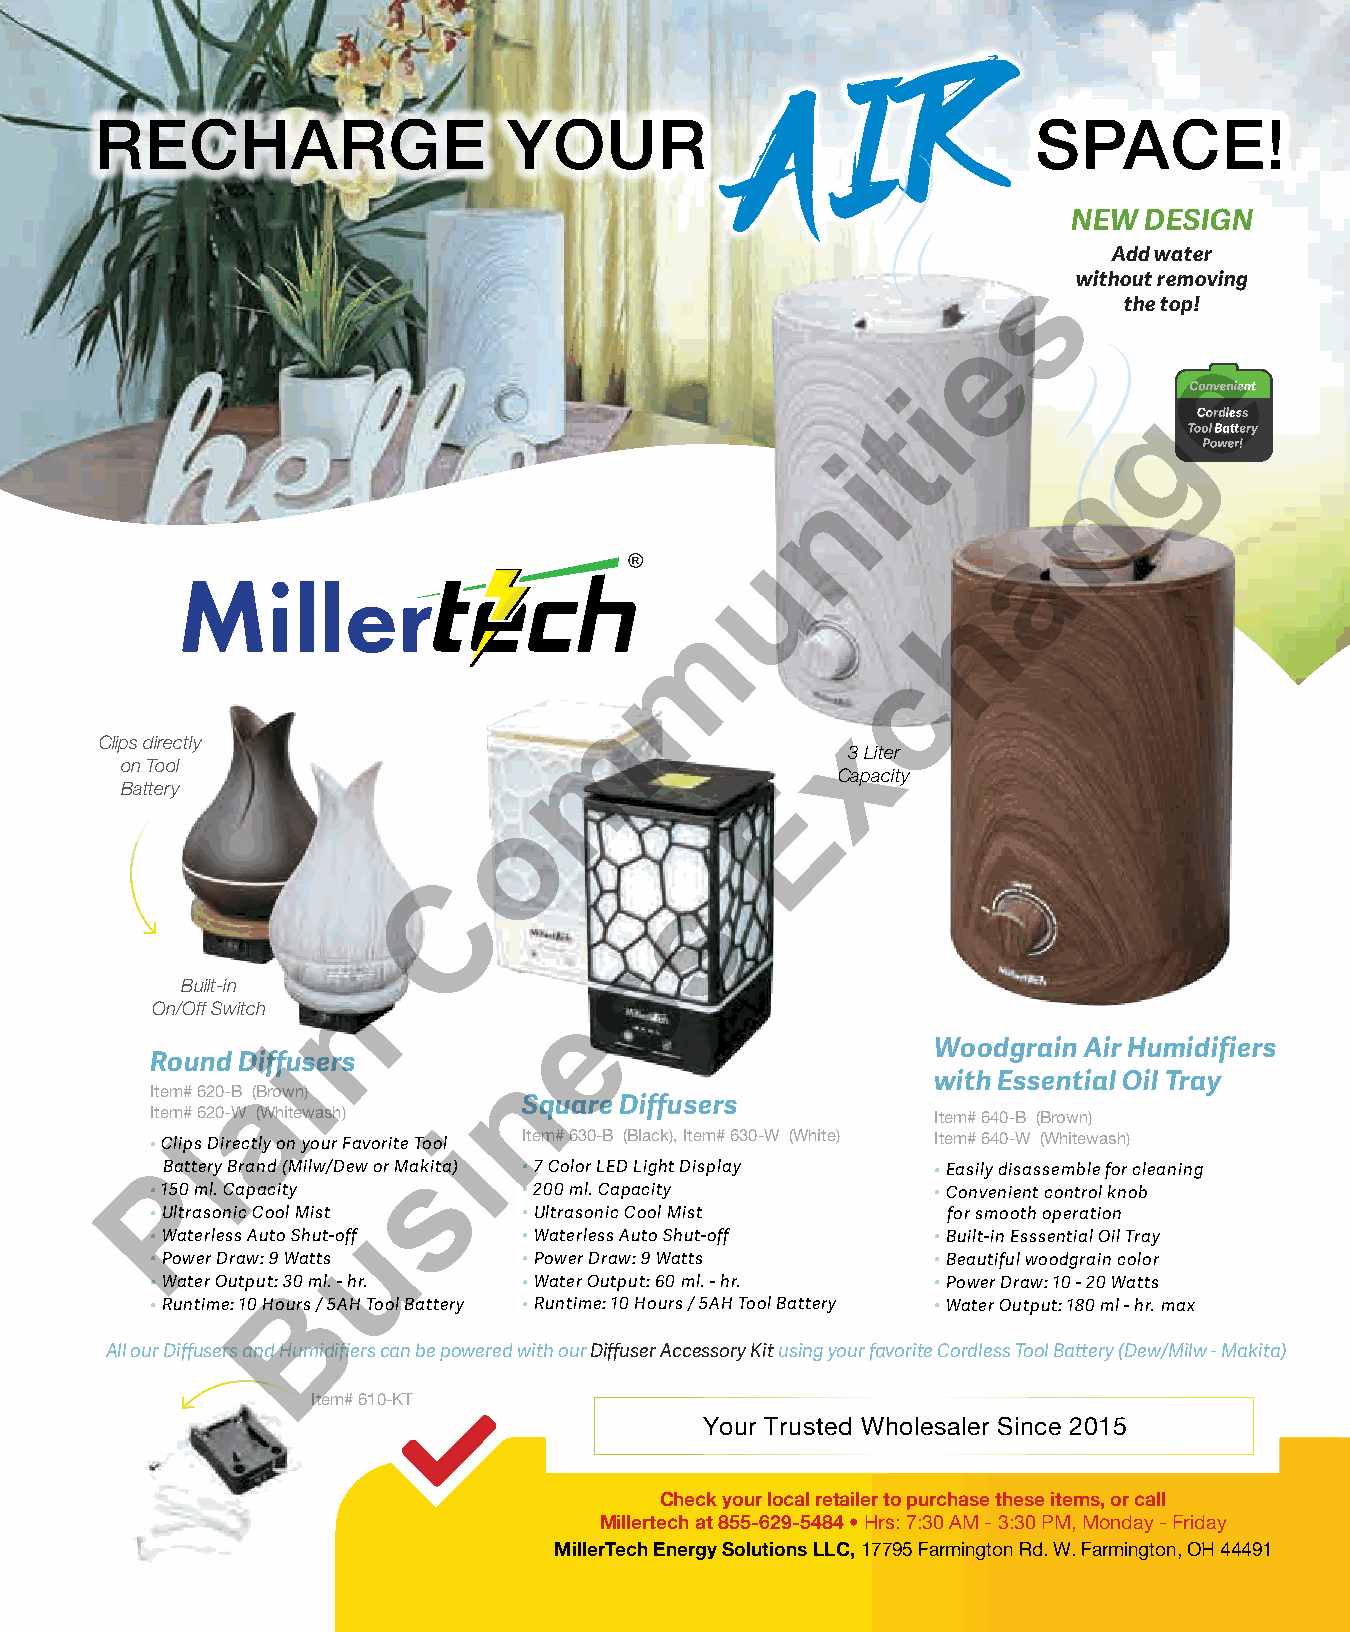
R
 I
 A
 RECHARGE                    YOUR                               SPACE!
 NEW  DESIGN
 Add water
 swithout removing
 the top!
 e
 e
 i
 g
 t
 i
 n
 n
 a
 u
 h
 m
 c
 m
 x
 Clips directly
 3 Liter
 on Tool
 Capacity
 Battery                                     E
 o
 C
 s
 s
 Built-in   n
 On/Off Switch               e
 Woodgrain Air Humidifiers
 Round Diffiusers
 n                           with Essential Oil Tray
 a
 Item# 620-B (Brown)
 Square Diffusers
 Item# 620-W (Whitewash)                             Item# 640-B (Brown)
 • Clipls Directly on your Favorite Tool iItem# 630-B (Black), Item# 630-W (White) Item# 640-W (Whitewash)
 B Pattery Brand (Milw/Dew or Maskita) • 7 Color LED Light Display • Easily disassemble for cleaning
 • 150 ml. Capacity       • 200 ml. Capacity         • Convenient control knob
 • Ultrasonic Cool Mist   • Ultrasonic Cool Mist      for smooth operation
 u
 • Waterless Auto Shut-off • Waterless Auto Shut-off • Built-in Esssential Oil Tray
 • Power Draw: 9 Watts    • Power Draw: 9 Watts      • Beautiful woodgrain color
 • Water Output: 30 ml. - hr. • Water Output: 60 ml. - hr. • Power Draw: 10 - 20 Watts
 B
 • Runtime: 10 Hours / 5AH Tool Battery • Runtime: 10 Hours / 5AH Tool Battery • Water Output: 180 ml - hr. max
 All our Diffusers and Humidifiers can be powered with our Diffuser Accessory Kit using your favorite Cordless Tool Battery (Dew/Milw - Makita)
 Item# 610-KT
 Your Trusted Wholesaler Since 2015
 Check your local retailer to purchase these items, or call
 Millertech at 855-629-5484 • Hrs: 7:30 AM - 3:30 PM, Monday - Friday
 MillerTech Energy Solutions LLC, 17795 Farmington Rd. W. Farmington, OH 44491
 | December 2021 67